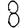
Digit: 8